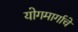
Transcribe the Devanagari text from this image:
योगमार्गाचे